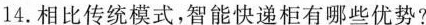
14.相比传统模式，智能快递柜有哪些优势?